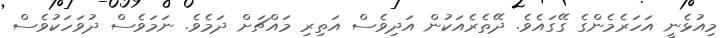
މިއުޅެނީ އަހަރެމެންގެ ގޭގައެވެ. ދޭތެރެއަކުން އަދިވެސް އަތިރި މައްޗަށް ދަމެވެ. ނަމަވެސް ދުވަހަކުވެސް